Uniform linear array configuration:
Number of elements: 24
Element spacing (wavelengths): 0.75
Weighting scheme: cosine
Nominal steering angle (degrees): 0
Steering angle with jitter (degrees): -0.03058
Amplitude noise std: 0.05
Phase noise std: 0.05

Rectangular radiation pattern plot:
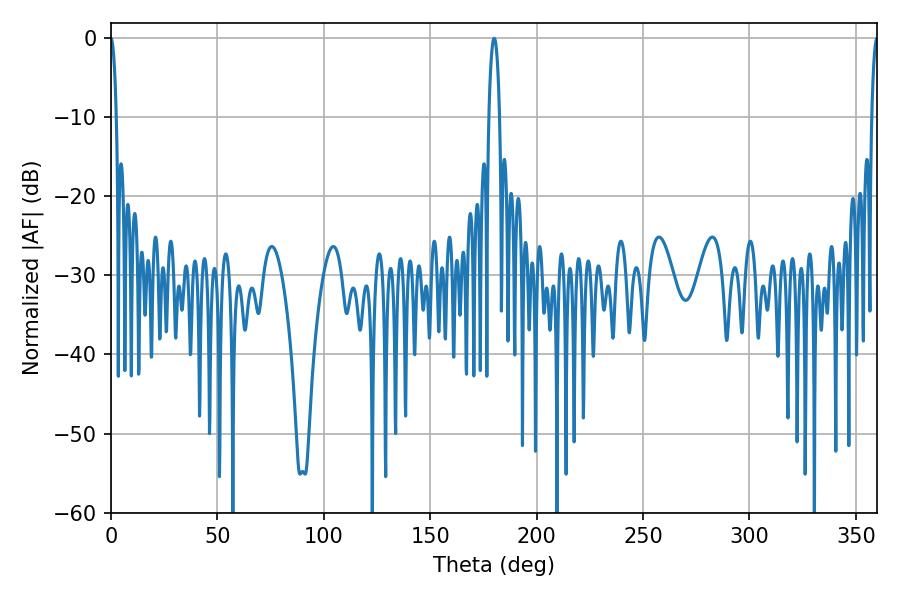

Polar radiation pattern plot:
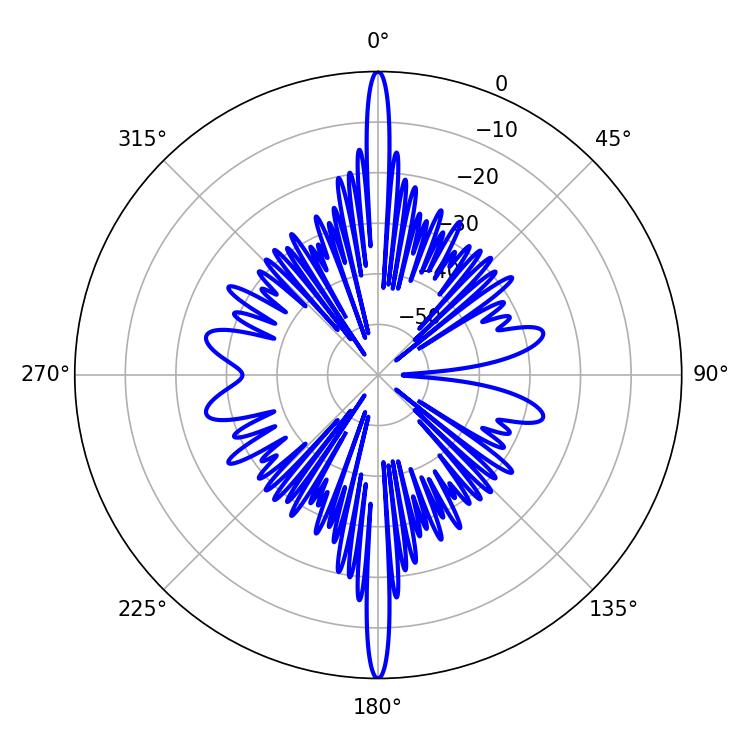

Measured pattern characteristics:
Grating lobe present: TRUE
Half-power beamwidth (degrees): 1.44
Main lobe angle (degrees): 360